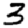
Digit: 3